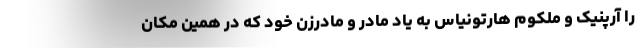
را آرپنیک و ملکوم هارتونیاس به یاد مادر و مادرزن خود که در همین مکان